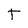
Character: T